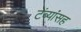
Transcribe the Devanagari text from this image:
टेंब्यांसह